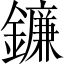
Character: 鐮